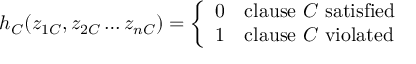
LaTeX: h _ { C } ( z _ { 1 C } , z _ { 2 C } \dots z _ { n C } ) = { \left\{ \begin{array} { l l } { 0 } & { { \mathrm { c l a u s e ~ } } C { \mathrm { ~ s a t i s f i e d } } } \\ { 1 } & { { \mathrm { c l a u s e ~ } } C { \mathrm { ~ v i o l a t e d } } } \end{array} \right. }